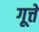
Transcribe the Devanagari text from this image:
गूत्ते